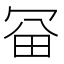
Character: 𠖋